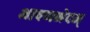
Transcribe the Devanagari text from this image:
भाषणभेदम्